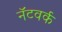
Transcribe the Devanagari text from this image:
नॅटवर्क